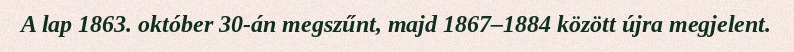
A lap 1863. október 30-án megszűnt, majd 1867–1884 között újra megjelent.